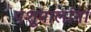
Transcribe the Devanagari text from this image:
पशूपालांना